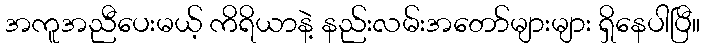
အကူအညီပေးမယ့် ကိရိယာနဲ့ နည်းလမ်းအတော်များများ ရှိနေပါပြီ။